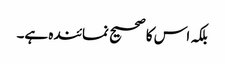
بلکہ اس کا صحیح نمائندہ ہے۔